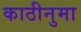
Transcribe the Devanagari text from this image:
काठीनुमा